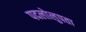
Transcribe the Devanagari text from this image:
पदलोलुपता